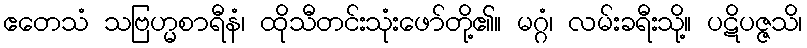
ဧတေသံ သဗြဟ္မစာရီနံ၊ ထိုသီတင်းသုံးဖော်တို့၏။ မဂ္ဂံ၊ လမ်းခရီးသို့။ ပဋိပဇ္ဇသိ၊